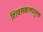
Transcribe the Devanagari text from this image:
शिवसंकल्पसुक्त